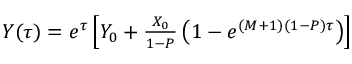
\begin{array} { r } { Y ( \tau ) = e ^ { \tau } \left[ Y _ { 0 } + \frac { X _ { 0 } } { 1 - P } \left( 1 - e ^ { ( M + 1 ) ( 1 - P ) \tau } \right) \right] } \end{array}